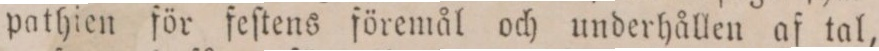
pathien för feſtens föremål och underhållen af tal,